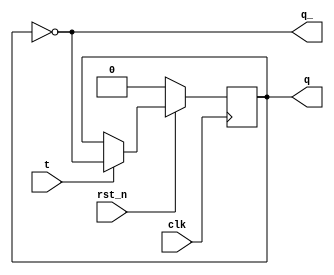
// T flip flop
module tff
(
    input clk, rst_n,
    input t,
    output reg q,
    output q_
);

always @(posedge clk)
    if(!rst_n)
        q <= 0;
    else
        q <= (t? ~q:q);

assign q_ = ~q;

endmodule